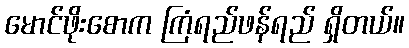
မောင်ဖိုးစောက ကြံရည်ဖန်ရည် ရှိတယ်။